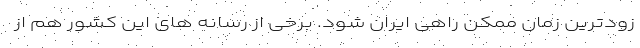
زودترین زمان ممکن راهی ایران شود. برخی از رسانه های این کشور هم از